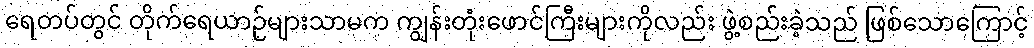
ရေတပ်တွင် တိုက်ရေယာဉ်များသာမက ကျွန်းတုံးဖောင်ကြီးများကိုလည်း ဖွဲ့စည်းခဲ့သည် ဖြစ်သောကြောင့်